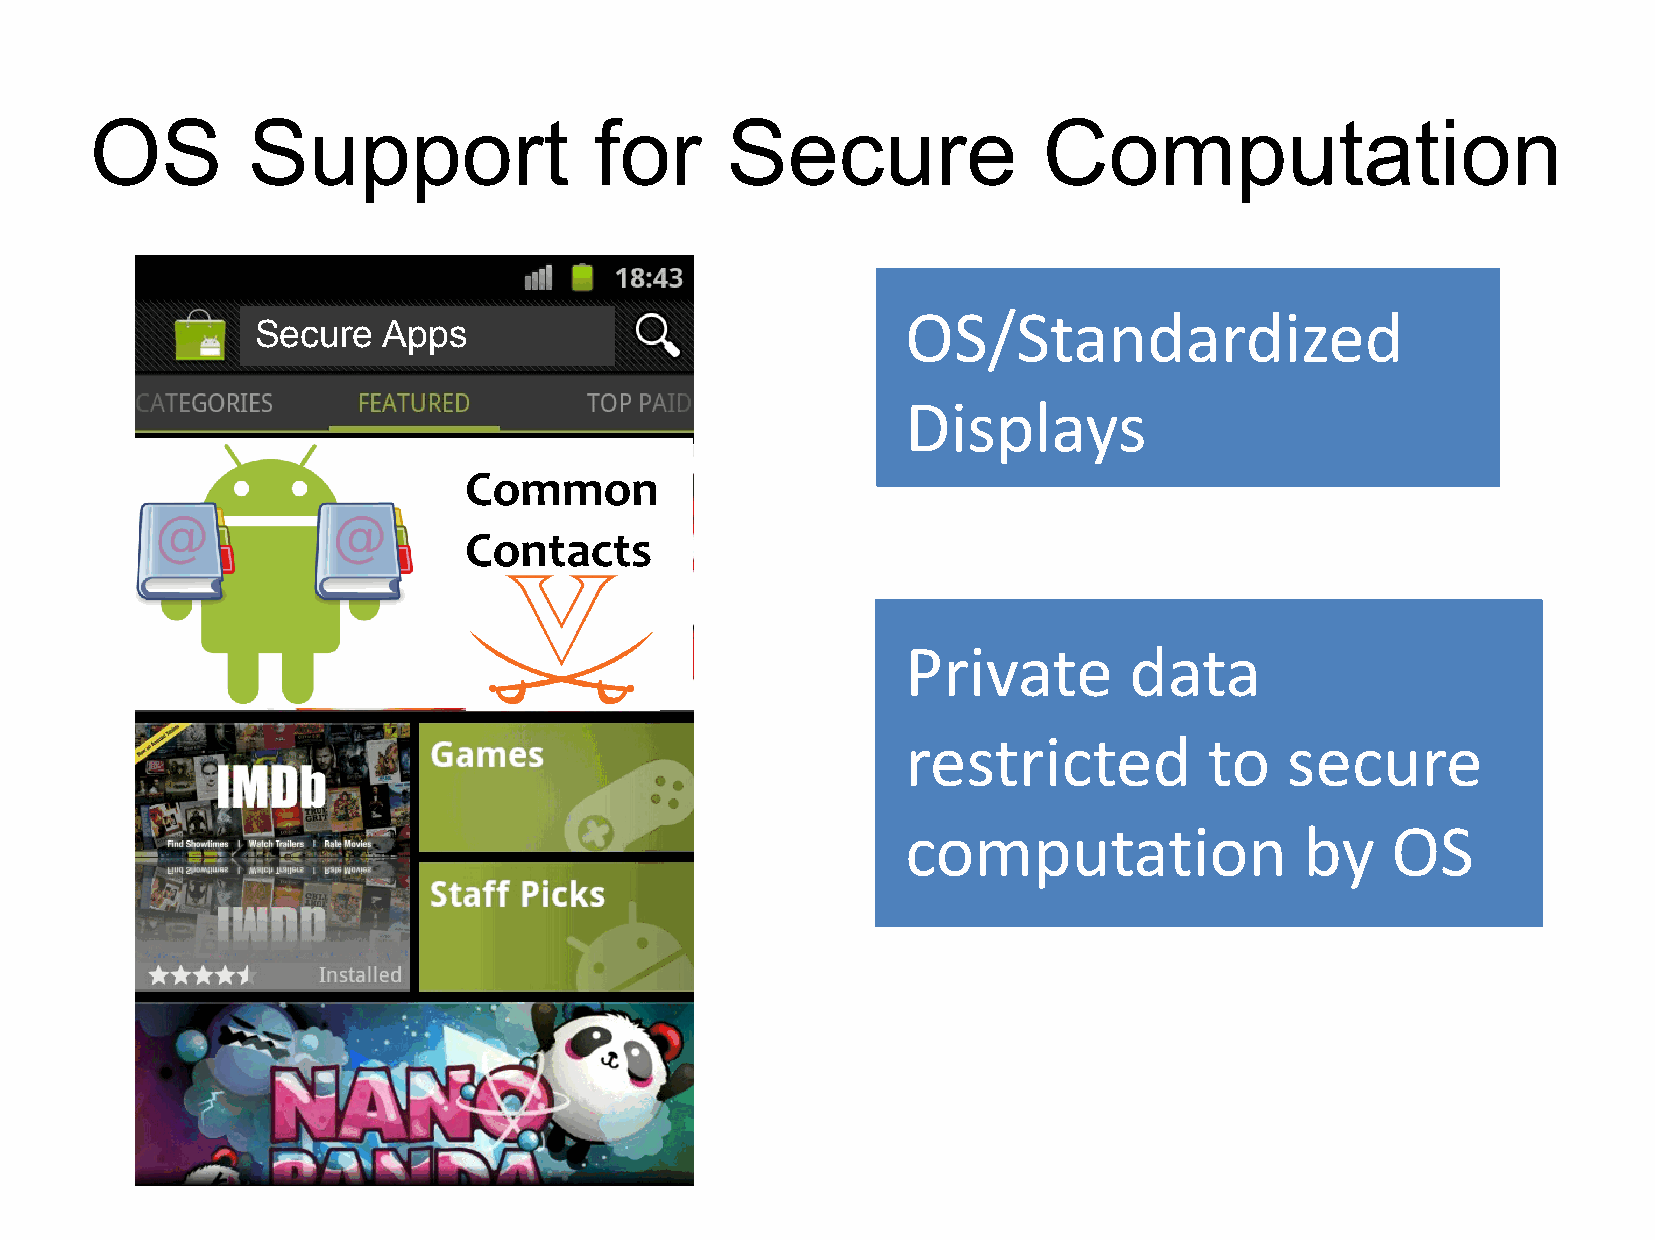
OS        Support                for      Secure               Computation
 OS/Standardized
 Secure  Apps
 Displays
 Common
 Contacts
 Private        data
 restricted          to   secure
 computation               by    OS